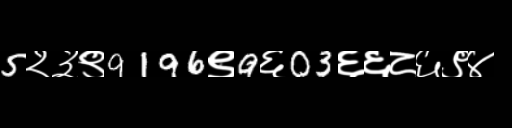
Text: 5२३९9196९9६03६६८६९४